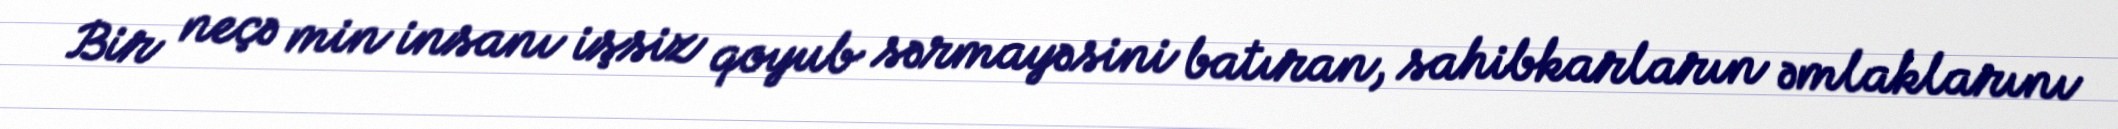
Bir neçə min insanı işsiz qoyub sərmayəsini batıran, sahibkarların əmlaklarını